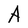
Character: A